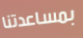
بمساعدتنا